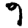
Digit: 9